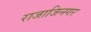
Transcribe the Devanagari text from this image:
राजाजिनगर